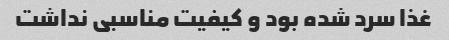
غذا سرد شده بود و کیفیت مناسبی نداشت